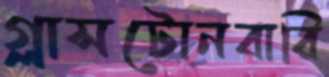
গ্লাসটোনবারি